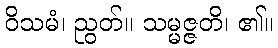
ဝိသမံ၊ ညွတ်။ သမ္မဇ္ဇတိ၊ ၏။